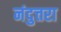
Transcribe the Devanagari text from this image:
नंदुत्तरा